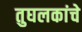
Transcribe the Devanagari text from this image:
तुघलकांचे